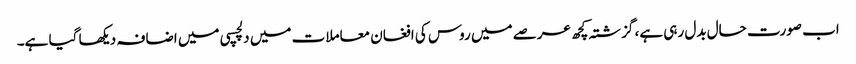
اب صورت حال بدل رہی ہے، گزشتہ کچھ عرصے میں روس کی افغان معاملات میں دلچسپی میں اضافہ دیکھا گیا ہے۔